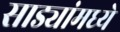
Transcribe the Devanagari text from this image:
साड्यांमध्ये